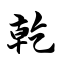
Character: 乾